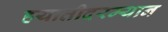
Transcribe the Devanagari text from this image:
हयातीदरम्यान